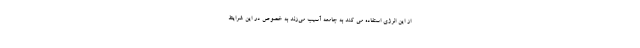
از این انرژی استفاده می کند به جامعه آسیب می‌زند به خصوص در این شرایط